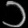
Digit: ၁